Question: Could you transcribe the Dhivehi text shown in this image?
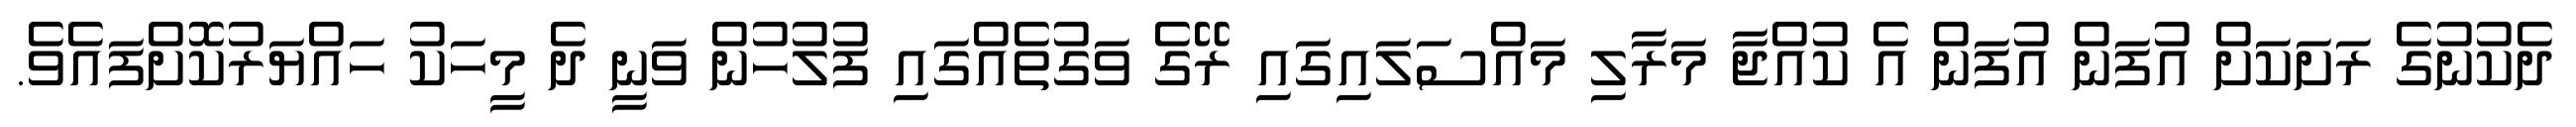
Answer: ދެކުނުގެ ރަށަކަށް އުފަން އުފަން އެ ކުއްޖާ މަރާލި މައްސަލައިގައި ރޭގެ ވަގުތެއްގައި ފުލުހުން ވަނީ ދެ މީހަކު ހައްޔަރުކޮށްފައެވެ.